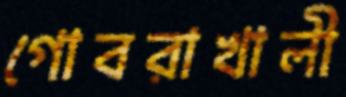
গোবরাখালী